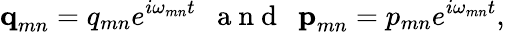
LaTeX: \textbf{q}_{mn}=q_{mn}e^{i\omega_{mn}t}~~\mathrm{~a~n~d~}~~\textbf{p}_{mn}=p_{mn}e^{i\omega_{mn}t},